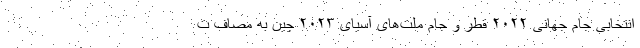
انتخابی جام جهانی ۲۰۲۲ قطر و جام ملت‌های آسیای ۲۰۲۳ چین به مصاف ت